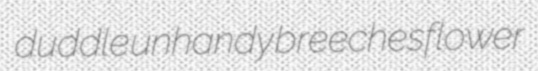
duddle unhandy breechesflower